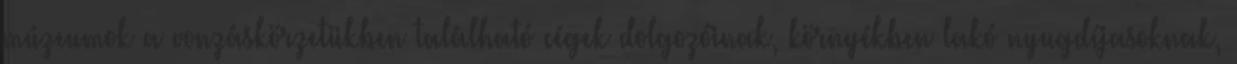
múzeumok a vonzáskörzetükben található cégek dolgozóinak, környékben lakó nyugdíjasoknak,